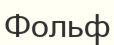
Фольф